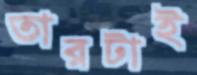
তারটাই